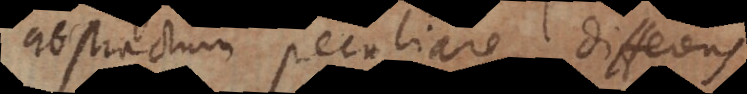
abstractum peculiare, differens